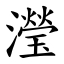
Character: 瀅